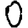
Digit: 0